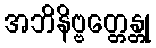
အဘိနိဗ္ဗတ္တေန္တု